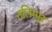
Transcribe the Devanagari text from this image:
तलिम्पुर